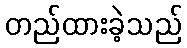
တည်ထားခဲ့သည်